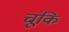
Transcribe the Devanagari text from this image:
चूंकि